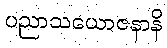
ပညာသယောဇနာနိ